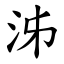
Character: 泲